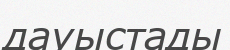
дауыстады